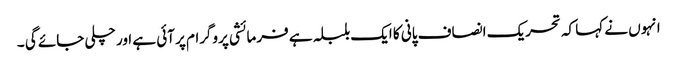
انہوں نے کہا کہ تحریک انصاف پانی کا ایک بلبلہ ہے فرمائشی پروگرام پر آئی ہے اور چلی جائے گی ۔